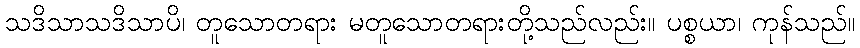
သဒိသာသဒိသာပိ၊ တူသောတရား မတူသောတရားတို့သည်လည်း။ ပစ္စယာ၊ ကုန်သည်။